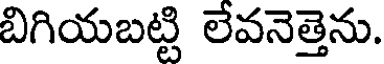
బిగియబట్టి లేవనెత్తెను.